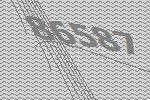
86587